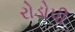
રોડોપી